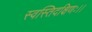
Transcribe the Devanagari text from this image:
स्वस्तिदक्षिणः।।